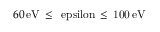
6 0 \, \mathrm { { e V } \, \leq \, \ e p s i l o n \, \leq \, 1 0 0 \, \mathrm { { e V } } }